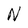
Character: N